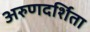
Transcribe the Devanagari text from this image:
अरुणदर्शिता